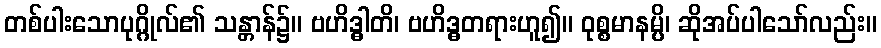
တစ်ပါးသောပုဂ္ဂိုလ်၏ သန္တာန်၌။ ဗဟိဒ္ဓါတိ၊ ဗဟိဒ္ဓတရားဟူ၍။ ဝုစ္စမာနမ္ပိ၊ ဆိုအပ်ပါသော်လည်း။